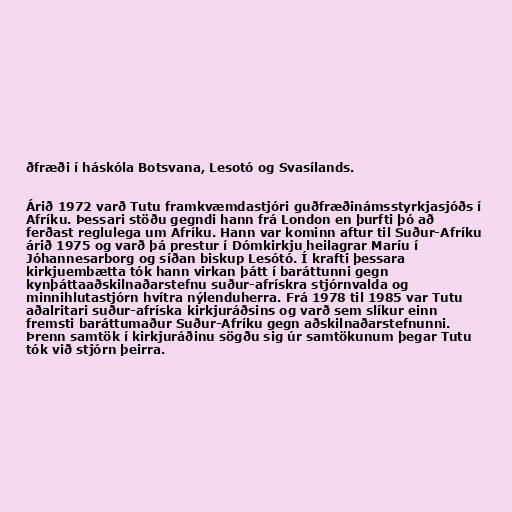
ðfræði í háskóla Botsvana, Lesotó og Svasílands.

Árið 1972 varð Tutu framkvæmdastjóri guðfræðinámsstyrkjasjóðs í
Afríku. Þessari stöðu gegndi hann frá London en þurfti þó að
ferðast reglulega um Afríku. Hann var kominn aftur til Suður-Afríku
árið 1975 og varð þá prestur í Dómkirkju heilagrar Maríu í
Jóhannesarborg og síðan biskup Lesótó. Í krafti þessara
kirkjuembætta tók hann virkan þátt í baráttunni gegn
kynþáttaaðskilnaðarstefnu suður-afrískra stjórnvalda og
minnihlutastjórn hvítra nýlenduherra. Frá 1978 til 1985 var Tutu
aðalritari suður-afríska kirkjuráðsins og varð sem slíkur einn
fremsti baráttumaður Suður-Afríku gegn aðskilnaðarstefnunni.
Þrenn samtök í kirkjuráðinu sögðu sig úr samtökunum þegar Tutu
tók við stjórn þeirra.